Plague in India, 1896, 1897 - Volume 2
Year: 1896
Disease focus: Plague
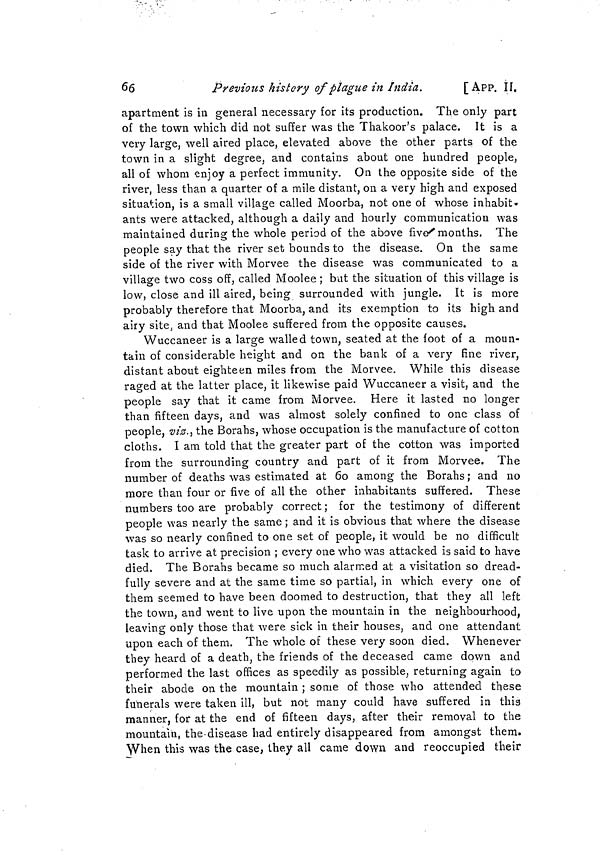
66
Previous history of plague in India.
[App. II.
apartment is in general necessary for its production. The only part
of the town which did not suffer was the Thakoor's palace. It is a
very large, well aired place, elevated above the other parts of the
town in a slight degree, and contains about one hundred people,
all of whom enjoy a perfect immunity. On the opposite side of the
river, less than a quarter of a mile distant, on a very high and exposed
situation, is a small village called Moorba, not one of whose inhabit-
ants were attacked, although a daily and hourly communication was
maintained during the whole period of the above five months. The
people say that the river set bounds to the disease. On the same
side of the river with Morvee the disease was communicated to a
village two coss off, called Moolee ; but the situation of this village is
low, close and ill aired, being surrounded with jungle. It is more
probably therefore that Moorba, and its exemption to its high and
airy site, and that Moolee suffered from the opposite causes.
Wuccaneer is a large walled town, seated at the foot of a moun-
tain of considerable height and on the bank of a very fine river,
distant about eighteen miles from the Morvee. While this disease
raged at the latter place, it likewise paid Wuccaneer a visit, and the
people say that it came from Morvee. Here it lasted no longer
than fifteen days, and was almost solely confined to one class of
people, viz., the Borahs, whose occupation is the manufacture of cotton
cloths. I am told that the greater part of the cotton was imported
from the surrounding country and part of it from Morvee. The
number of deaths was estimated at 60 among the Borahs ; and no
more than four or five of all the other inhabitants suffered. These
numbers too are probably correct ; for the testimony of different
people was nearly the same ; and it is obvious that where the disease
was so nearly confined to one set of people, it would be no difficult
task to arrive at precision ; every one who was attacked is said to have
died. The Borahs became so much alarmed at a visitation so dread-
fully severe and at the same time so partial, in which every one of
them seemed to have been doomed to destruction, that they all left
the town, and went to live upon the mountain in the neighbourhood,
leaving only those that were sick in their houses, and one attendant
upon each of them. The whole of these very soon died. Whenever
they heard of a death, the friends of the deceased came down and
performed the last offices as speedily as possible, returning again to
their abode on the mountain ; some of those who attended these
funerals were taken ill, but not many could have suffered in this
manner, for at the end of fifteen days, after their removal to the
mountain, the disease had entirely disappeared from amongst them.
\Vhen this was the case, they all came down and reoccupied their